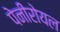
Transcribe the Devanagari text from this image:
पेनीरोयल